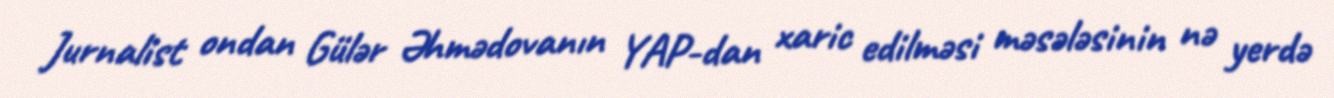
Jurnalist ondan Gülər Əhmədovanın YAP-dan xaric edilməsi məsələsinin nə yerdə